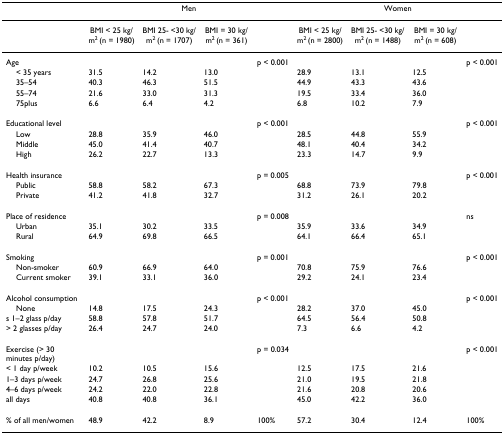
<table><thead><tr><td></td><td colspan="4"><b>Men</b></td><td colspan="4"><b>Women</b></td></tr></thead><tbody><tr><td></td><td>BMI &lt; 25 kg/m<sup>2 </sup>(n = 1980)</td><td>BMI 25- &lt;30 kg/m<sup>2 </sup>(n = 1707)</td><td>BMI = 30 kg/m<sup>2 </sup>(n = 361)</td><td></td><td>BMI &lt; 25 kg/m<sup>2 </sup>(n = 2800)</td><td>BMI 25- &lt;30 kg/m<sup>2 </sup>(n = 1488)</td><td>BMI = 30 kg/m<sup>2 </sup>(n = 608)</td><td></td></tr><tr><td>Age</td><td></td><td></td><td></td><td>p &lt; 0.001</td><td></td><td></td><td></td><td>p &lt; 0.001</td></tr><tr><td> &lt; 35 years</td><td>31.5</td><td>14.2</td><td>13.0</td><td></td><td>28.9</td><td>13.1</td><td>12.5</td><td></td></tr><tr><td> 35–54</td><td>40.3</td><td>46.3</td><td>51.5</td><td></td><td>44.9</td><td>43.3</td><td>43.6</td><td></td></tr><tr><td> 55–74</td><td>21.6</td><td>33.0</td><td>31.3</td><td></td><td>19.5</td><td>33.4</td><td>36.0</td><td></td></tr><tr><td> 75plus</td><td>6.6</td><td>6.4</td><td>4.2</td><td></td><td>6.8</td><td>10.2</td><td>7.9</td><td></td></tr><tr><td>Educational level</td><td></td><td></td><td></td><td>p &lt; 0.001</td><td></td><td></td><td></td><td>p &lt; 0.001</td></tr><tr><td> Low</td><td>28.8</td><td>35.9</td><td>46.0</td><td></td><td>28.5</td><td>44.8</td><td>55.9</td><td></td></tr><tr><td> Middle</td><td>45.0</td><td>41.4</td><td>40.7</td><td></td><td>48.1</td><td>40.4</td><td>34.2</td><td></td></tr><tr><td> High</td><td>26.2</td><td>22.7</td><td>13.3</td><td></td><td>23.3</td><td>14.7</td><td>9.9</td><td></td></tr><tr><td>Health insurance</td><td></td><td></td><td></td><td>p = 0.005</td><td></td><td></td><td></td><td>p &lt; 0.001</td></tr><tr><td> Public</td><td>58.8</td><td>58.2</td><td>67.3</td><td></td><td>68.8</td><td>73.9</td><td>79.8</td><td></td></tr><tr><td> Private</td><td>41.2</td><td>41.8</td><td>32.7</td><td></td><td>31.2</td><td>26.1</td><td>20.2</td><td></td></tr><tr><td>Place of residence</td><td></td><td></td><td></td><td>p = 0.008</td><td></td><td></td><td></td><td>ns</td></tr><tr><td> Urban</td><td>35.1</td><td>30.2</td><td>33.5</td><td></td><td>35.9</td><td>33.6</td><td>34.9</td><td></td></tr><tr><td> Rural</td><td>64.9</td><td>69.8</td><td>66.5</td><td></td><td>64.1</td><td>66.4</td><td>65.1</td><td></td></tr><tr><td>Smoking</td><td></td><td></td><td></td><td>p = 0.001</td><td></td><td></td><td></td><td>p &lt; 0.001</td></tr><tr><td> Non-smoker</td><td>60.9</td><td>66.9</td><td>64.0</td><td></td><td>70.8</td><td>75.9</td><td>76.6</td><td></td></tr><tr><td> Current smoker</td><td>39.1</td><td>33.1</td><td>36.0</td><td></td><td>29.2</td><td>24.1</td><td>23.4</td><td></td></tr><tr><td>Alcohol consumption</td><td></td><td></td><td></td><td>p &lt; 0.001</td><td></td><td></td><td></td><td>p &lt; 0.001</td></tr><tr><td> None</td><td>14.8</td><td>17.5</td><td>24.3</td><td></td><td>28.2</td><td>37.0</td><td>45.0</td><td></td></tr><tr><td>s 1–2 glass p/day</td><td>58.8</td><td>57.8</td><td>51.7</td><td></td><td>64.5</td><td>56.4</td><td>50.8</td><td></td></tr><tr><td>&gt; 2 glasses p/day</td><td>26.4</td><td>24.7</td><td>24.0</td><td></td><td>7.3</td><td>6.6</td><td>4.2</td><td></td></tr><tr><td>Exercise (&gt; 30 minutes p/day)</td><td></td><td></td><td></td><td>p = 0.034</td><td></td><td></td><td></td><td>p &lt; 0.001</td></tr><tr><td>&lt; 1 day p/week</td><td>10.2</td><td>10.5</td><td>15.6</td><td></td><td>12.5</td><td>17.5</td><td>21.6</td><td></td></tr><tr><td>1–3 days p/week</td><td>24.7</td><td>26.8</td><td>25.6</td><td></td><td>21.0</td><td>19.5</td><td>21.8</td><td></td></tr><tr><td>4–6 days p/week</td><td>24.2</td><td>22.0</td><td>22.8</td><td></td><td>21.6</td><td>20.8</td><td>20.6</td><td></td></tr><tr><td>all days</td><td>40.8</td><td>40.8</td><td>36.1</td><td></td><td>45.0</td><td>42.2</td><td>36.0</td><td></td></tr><tr><td>% of all men/women</td><td>48.9</td><td>42.2</td><td>8.9</td><td>100%</td><td>57.2</td><td>30.4</td><td>12.4</td><td>100%</td></tr></tbody></table>